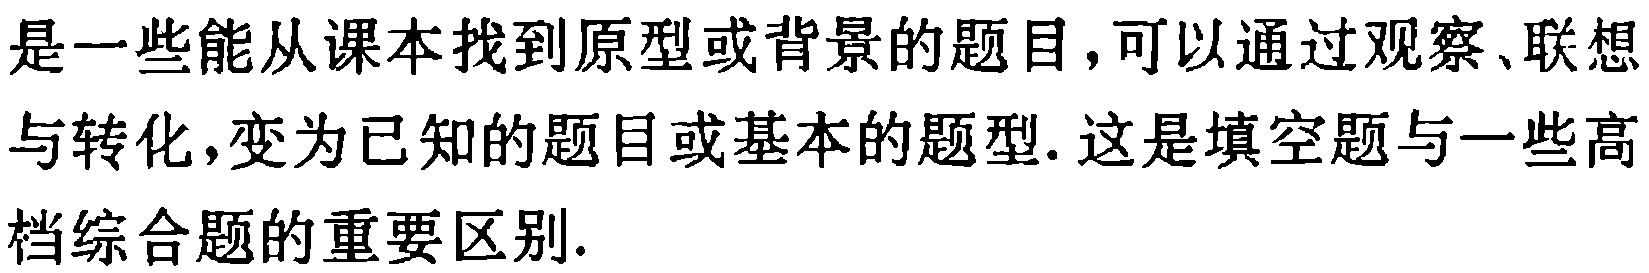
是一些能从课本找到原型或背景的题目，可以通过观察、联想与转化，变为已知的题目或基本的题型. 这是填空题与一些高档综合题的重要区别.